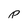
Character: p